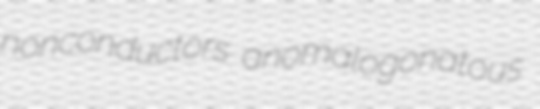
nonconductors anomalogonatous